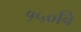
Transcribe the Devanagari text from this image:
१५०वि